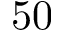
5 0